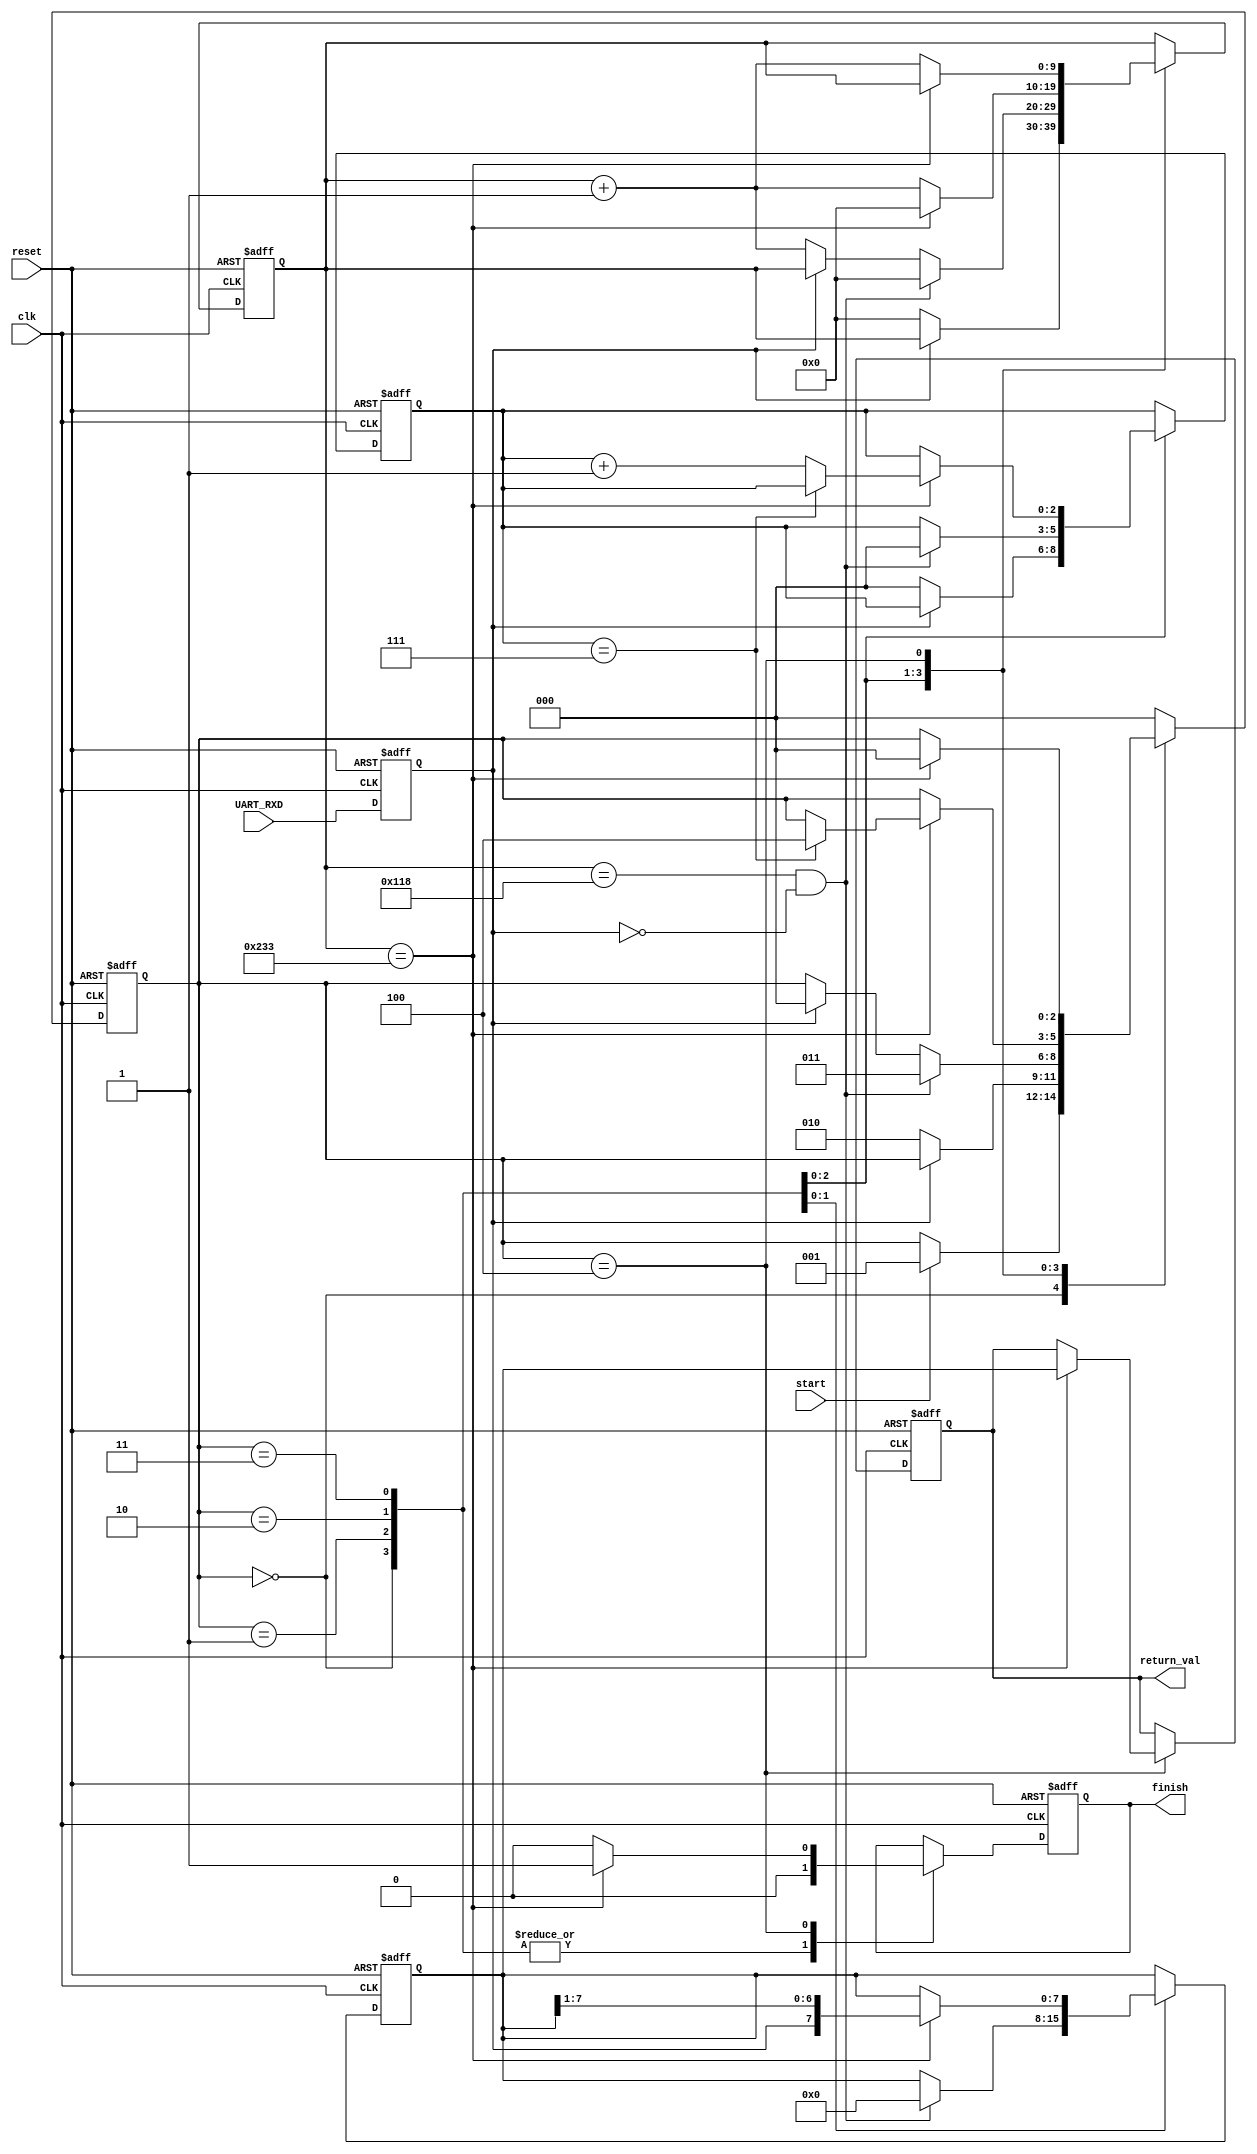
`timescale 1 ns / 1 ns
//`define RX_CLOCK_RATE 10'd521	// 60MHz clock
`define RX_CLOCK_RATE 10'd564	// 65MHz clock
//`define RX_CLOCK_RATE 10'd347	// 40MHz clock
//`define RX_CLOCK_RATE 10'd434
//`define RX_CLOCK_RATE 10'd217
module receiveUART
(
	clk,
	reset,
	start,
	finish,
	return_val,
	UART_RXD
);
input clk,reset,start,UART_RXD;
output reg [7:0] return_val;
output finish;

parameter S_RX_IDLE = 3'd0, S_RX_STARTED = 3'd1, S_RX_SYNC = 3'd2, S_RX_ASSEMBLE_DATA = 3'd3, S_RX_STOP_BIT = 3'd4;

reg [2:0] RX_state;
reg finish_reg;
reg [7:0] data_buffer;
reg [9:0] clock_count;
reg [2:0] data_count;
reg UART_INPUT;

assign finish = finish_reg;
// UART RX Logic
always @ (posedge clk or posedge reset) begin
	if (reset) begin
		data_buffer <= 8'h00;
		return_val <= 8'h00;
		clock_count <= 10'h000;
		data_count <= 3'h0;
		RX_state <= S_RX_IDLE;
		UART_INPUT <= 1'b0;
		finish_reg <= 1'b0;
		
	end else begin
		// Synchronize the asynch signal
		UART_INPUT <= UART_RXD;

		case (RX_state)
		S_RX_IDLE : begin
			finish_reg <= 1'b0;
			if (start) begin
				RX_state <= S_RX_STARTED;
			end
		end
		S_RX_STARTED: begin
			finish_reg <= 1'b0;
			// Uart receiver is startd
			if (UART_INPUT == 1'b0) begin
				// Start bit detected
				RX_state <= S_RX_SYNC;
				clock_count <= 10'h000;
				data_count <= 3'h0;
			end
		end
		S_RX_SYNC: begin
			finish_reg <= 1'b0;
			// Sync the counter for the correct time to sample for UART data on the serial interface
			if (clock_count == (`RX_CLOCK_RATE/2 - 2) && UART_INPUT == 1'b0) begin
				// Finish sync process
				clock_count <= 10'h000;
				data_count <= 3'h0;
				data_buffer <= 8'h00;
				RX_state <= S_RX_ASSEMBLE_DATA;
			end else begin
				// If the Start bit does not stay on 1'b0 during synchronization
				// it will fail this sync process			
				// ******** INCREMENT UNTIL 434, THEN SAMPLE THAT
				if (UART_INPUT == 1'b0) clock_count <= clock_count + 10'h001;
				else RX_state <= S_RX_IDLE;
			end
		end
		S_RX_ASSEMBLE_DATA: begin
			finish_reg <= 1'b0;
			// Assembling the 8 bit serial data onto data buffer
			if (clock_count == (`RX_CLOCK_RATE-1)) begin
				// Only sample the data at the middle of transmission
				data_buffer <= {UART_INPUT, data_buffer[7:1]};
				clock_count <= 10'h000; 
				if (data_count == 3'h7) 
					// Finish assembling the 8 bit data
					RX_state <= S_RX_STOP_BIT;
				else data_count <= data_count + 3'h1;   
			end else 
				clock_count <= clock_count + 10'h001;
		end
		S_RX_STOP_BIT: begin
			// Sample for stop bit here
			if (clock_count == (`RX_CLOCK_RATE-1)) begin
				RX_state <= S_RX_IDLE;
				finish_reg <= 1'b1;
				// Put the new data to the output
				return_val  <= data_buffer;
			end else begin
				clock_count <= clock_count + 10'h001;
				finish_reg <= 1'b0;
			end
		end
		default: RX_state <= S_RX_IDLE;
		endcase
	end
end

endmodule